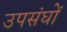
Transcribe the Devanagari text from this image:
उपसंघों